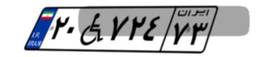
۸۸W۴۵۴۵۷